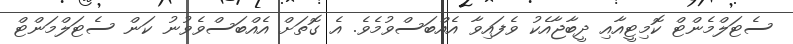
ސެޓަލްމެންޓް ކޮމިޓީއާއި ދީބާޖާއެކު ވެފައިވާ އެއްބަސްވުމެވެ. އެ ގޮތަށް އެއްބަސްވެވުނު ކަން ސެޓަލްމަންޓް